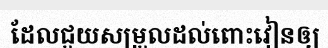
ដែលជួយសម្រួលដល់ពោះវៀនឲ្យ